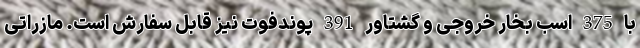
با 375 اسب بخار خروجی و گشتاور 391 پوندفوت نیز قابل سفارش است. مازراتی